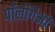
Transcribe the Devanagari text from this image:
पॉलीगैमी